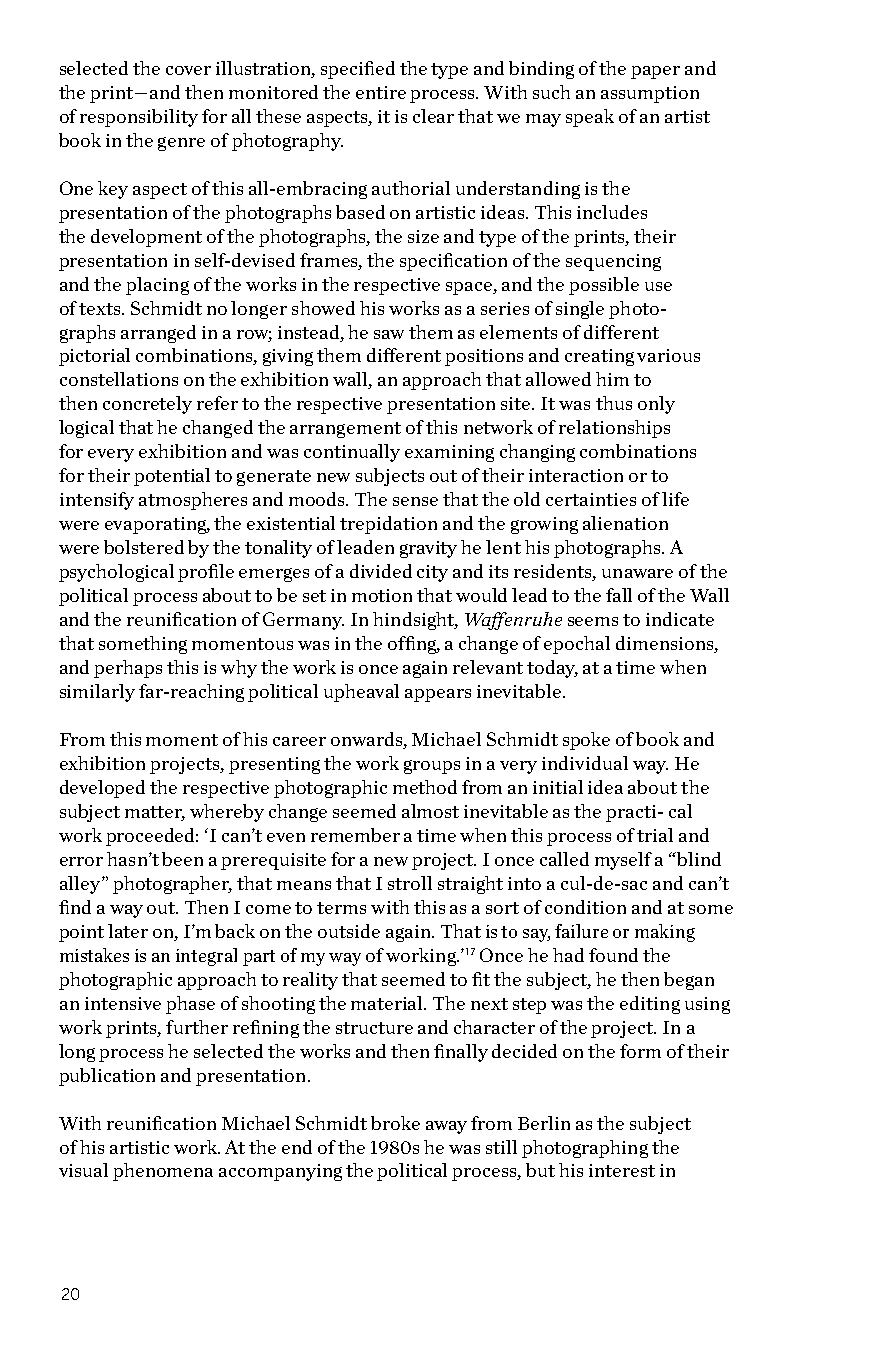
selected the cover illustration, specified the type and binding of the paper and
 the print—and then monitored the entire process. With such an assumption
 of responsibility for all these aspects, it is clear that we may speak of an artist
 book in the genre of photography.
 One key aspect of this all-embracing authorial understanding is the
 presentation of the photographs based on artistic ideas. This includes
 the development of the photographs, the size and type of the prints, their
 presentation in self-devised frames, the specification of the sequencing
 and the placing of the works in the respective space, and the possible use
 of texts. Schmidt no longer showed his works as a series of single photo-
 graphs arranged in a row; instead, he saw them as elements of different
 pictorial combinations, giving them different positions and creating various
 constellations on the exhibition wall, an approach that allowed him to
 then concretely refer to the respective presentation site. It was thus only
 logical that he changed the arrangement of this network of relationships
 for every exhibition and was continually examining changing combinations
 for their potential to generate new subjects out of their interaction or to
 intensify atmospheres and moods. The sense that the old certainties of life
 were evaporating, the existential trepidation and the growing alienation
 were bolstered by the tonality of leaden gravity he lent his photographs. A
 psychological profile emerges of a divided city and its residents, unaware of the
 political process about to be set in motion that would lead to the fall of the Wall
 and the reunification of Germany. In hindsight, Waffenruhe seems to indicate
 that something momentous was in the offing, a change of epochal dimensions,
 and perhaps this is why the work is once again relevant today, at a time when
 similarly far-reaching political upheaval appears inevitable.
 From this moment of his career onwards, Michael Schmidt spoke of book and
 exhibition projects, presenting the work groups in a very individual way. He
 developed the respective photographic method from an initial idea about the
 subject matter, whereby change seemed almost inevitable as the practi- cal
 work proceeded: ‘I can’t even remember a time when this process of trial and
 error hasn’t been a prerequisite for a new project. I once called myself a “blind
 alley” photographer, that means that I stroll straight into a cul-de-sac and can’t
 find a way out. Then I come to terms with this as a sort of condition and at some
 point later on, I’m back on the outside again. That is to say, failure or making
 mistakes is an integral part of my way of working.’17 Once he had found the
 photographic approach to reality that seemed to fit the subject, he then began
 an intensive phase of shooting the material. The next step was the editing using
 work prints, further refining the structure and character of the project. In a
 long process he selected the works and then finally decided on the form of their
 publication and presentation.
 With reunification Michael Schmidt broke away from Berlin as the subject
 of his artistic work. At the end of the 1980s he was still photographing the
 visual phenomena accompanying the political process, but his interest in
 20